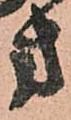
方